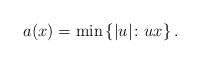
\begin{align*} a(x)=\min\left\{|u| \colon u x \right\}.\end{align*}